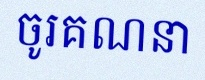
ចូរគណនា